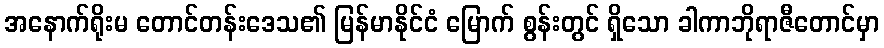
အနောက်ရိုးမ တောင်တန်းဒေသ၏ မြန်မာနိုင်ငံ မြောက် စွန်းတွင် ရှိသော ခါကာဘိုရာဇီတောင်မှာ